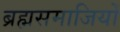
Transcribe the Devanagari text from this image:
ब्रह्मसमाजियों